Riigikantselei, lk 31
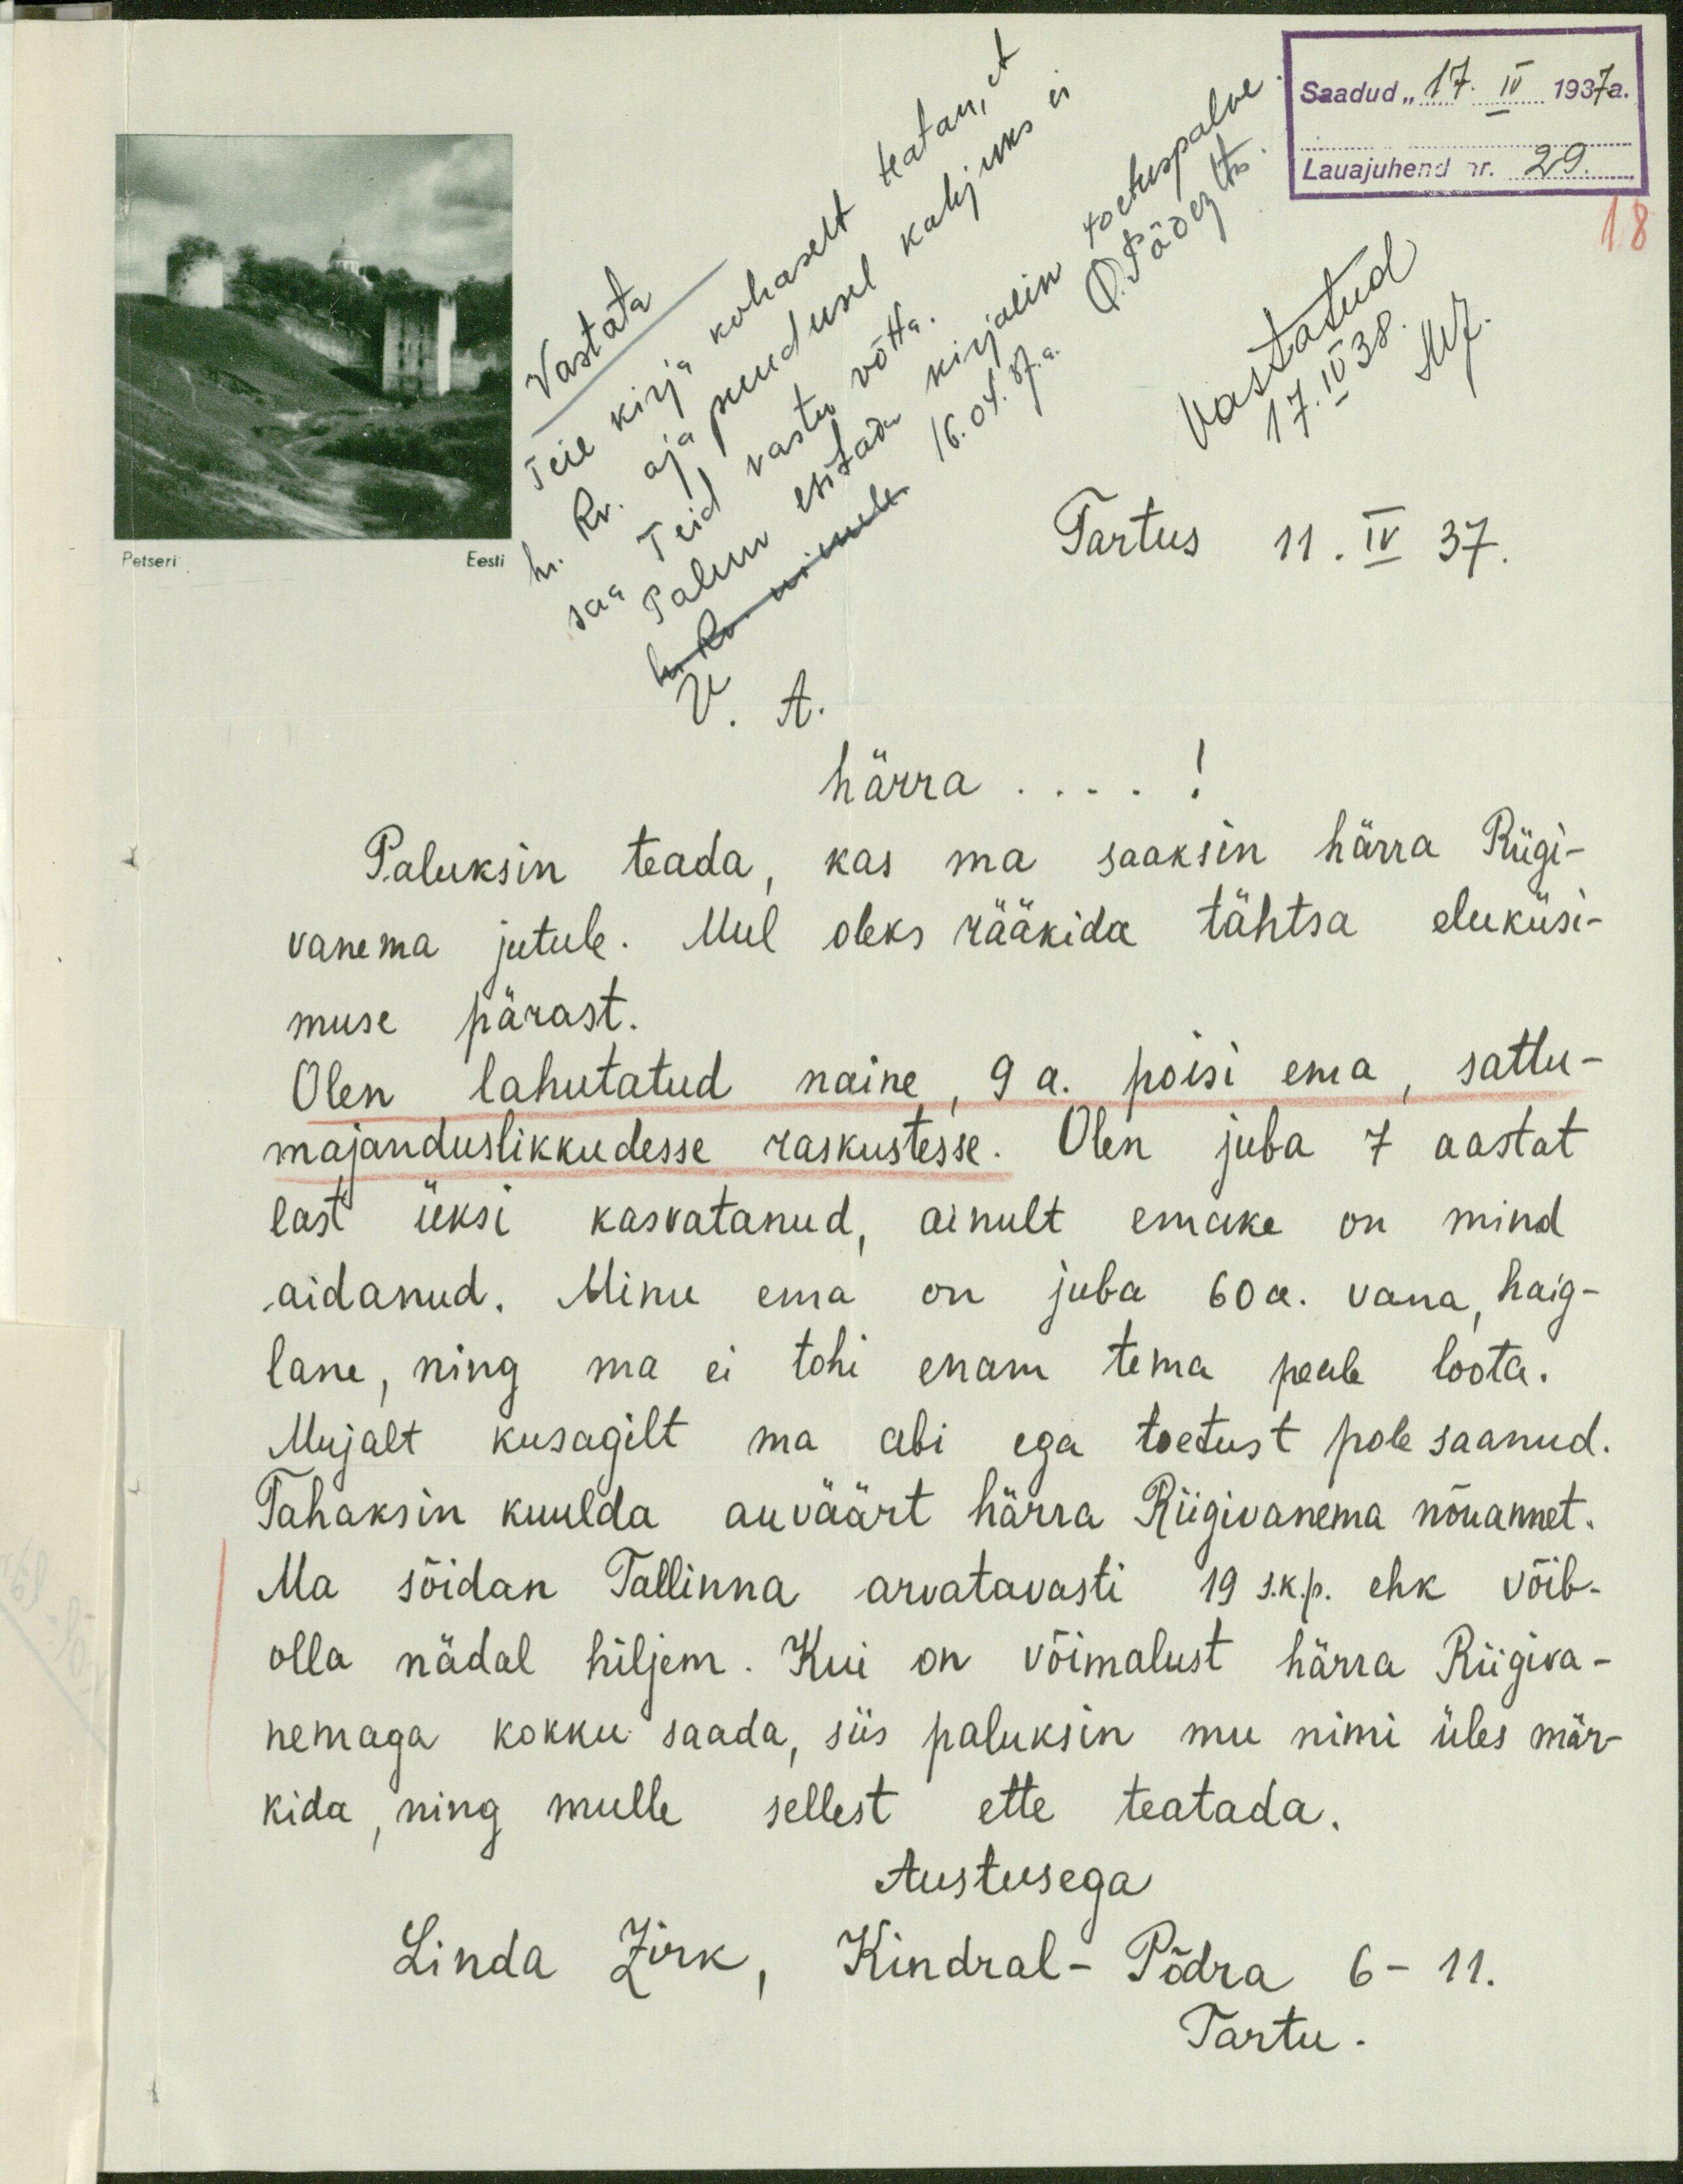
Saadud "17. IV 1937a.
Lauajuhend nr. 29.
18
Vastata
Vastatud
17. IV 38. MJ.
Petseri
Tartus 11. IV 37.
V. A.
härra ... !
Paluksin teada, kas ma saaksin härra Riigi-
vanema jutule. Mul oleks rääkida tähtsa eluküsi-
muse pärast.
Olen lahutatud naine, 9 a. poisi ema, sattu-
majanduslikkudesse raskustesse. Olen juba 7 aastat
last üksi kasvatanud, ainult emake on mind
aidanud. Minu ema on juba 60 a. vana haig-
lane, ning ma ei tohi enam tema peale loota.
Mujalt kusagilt ma abi ega toetust pole saanud.
Tahaksin kuulda auväärt härra Riigivanema nõuannet.
Ma sõidan Tallinna arvatavasti 19 s.k.p. ehk võib-
olla nädal hiljem. Kui on võimalust härra Riigiva-
nemaga kokku saada, siis paluksin mu nimi üles mär-
kida, ning mulle sellest ette teatada.
Austusega
Linda Zirk, Kindral- Põdra 6 - 11.
Tartu.